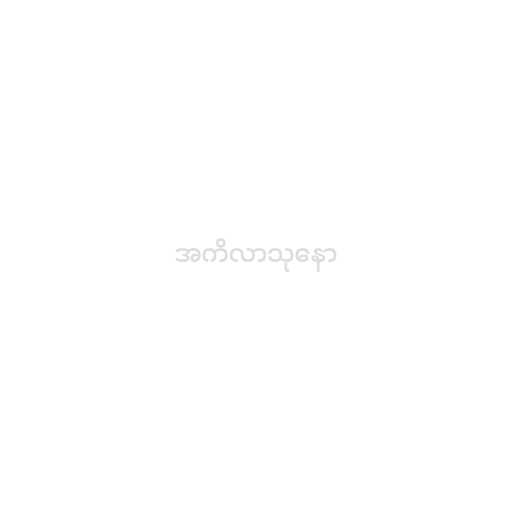
အကိလာသုနော